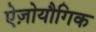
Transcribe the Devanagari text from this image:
ऐज़ोयौगिक